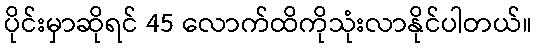
ပိုင်းမှာဆိုရင် 45 လောက်ထိကိုသုံးလာနိုင်ပါတယ်။